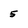
Character: 5